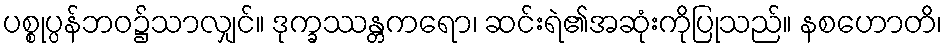
ပစ္စုပ္ပန်ဘဝ၌သာလျှင်။ ဒုက္ခဿန္တကရော၊ ဆင်းရဲ၏အဆုံးကိုပြုသည်။ နစဟောတိ၊